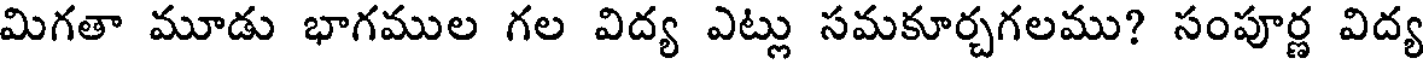
మిగతా మూడు భాగముల గల విద్య ఎట్లు సమకూర్చగలము? సంపూర్ణ విద్య